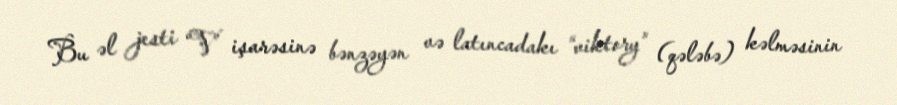
Bu əl jesti “V” işarəsinə bənzəyən və latıncadakı “viktory” (qələbə) kəlməsinin